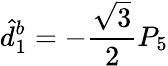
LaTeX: \hat{d}_{1}^{b}=-\frac{\sqrt{3}}{2}P_{5}